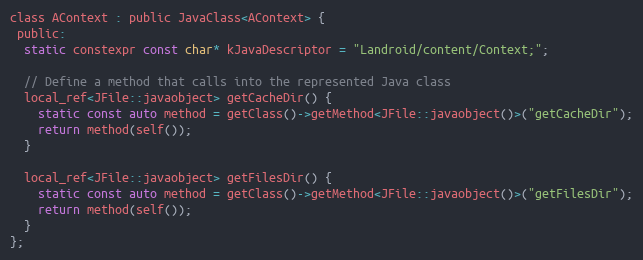
Language: C
class AContext : public JavaClass<AContext> {
 public:
  static constexpr const char* kJavaDescriptor = "Landroid/content/Context;";

  // Define a method that calls into the represented Java class
  local_ref<JFile::javaobject> getCacheDir() {
    static const auto method = getClass()->getMethod<JFile::javaobject()>("getCacheDir");
    return method(self());
  }

  local_ref<JFile::javaobject> getFilesDir() {
    static const auto method = getClass()->getMethod<JFile::javaobject()>("getFilesDir");
    return method(self());
  }
};